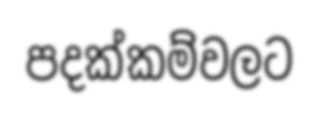
පදක්කම්වලට